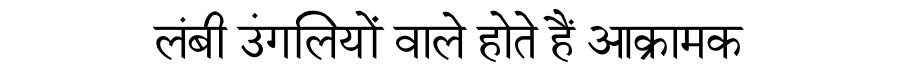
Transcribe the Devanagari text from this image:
लंबी उंगलियों वाले होते हैं आक्रामक